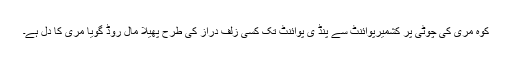
کوہ مری کی چوٹی پر کشمیرپوائنٹ سے پنڈ ی پوائنٹ تک کسی زلف دراز کی طرح پھیلا مال روڈ گویا مری کا دل ہے۔